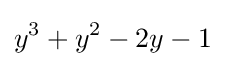
y^{3}+y^{2}-2y-1